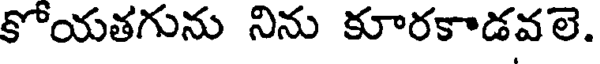
కోయతగును నిను కూరకాడవలె.